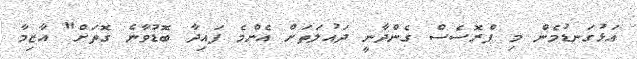
އަޅުގަނޑުމެން މި ޕްރޮސެސް ގެންދާނީ ދައުލަތަށް އެންމެ ފައިދާ ބޮޑުވާނެ ގޮތަށް" އާޒިމާ